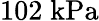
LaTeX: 102\; \mathrm{kPa}